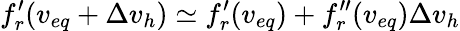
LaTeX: f_{r}^{\prime}(v_{eq}+\Delta v_{h})\simeq f_{r}^{\prime}(v_{eq})+f_{r}^{\prime\prime}(v_{eq})\Delta v_{h}